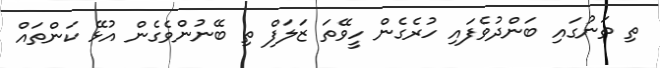
ތި ތަނުގައި ބަންދުވެފައި ހުރެގެން ހީވޭތަ ޒަލަފް ތި ބޭނުންވެގެން އުޅޭ ކަންތައް